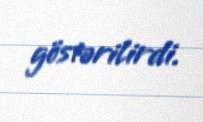
göstərilirdi.